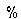
%